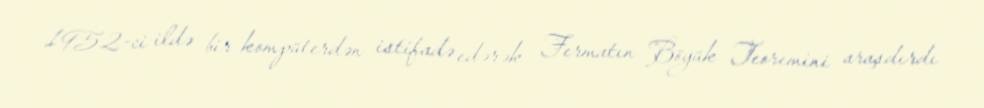
1952-ci ildə bir kompüterdən istifadə edərək Fermatın Böyük Teoremini araşdırdı